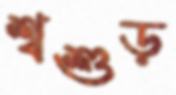
শ্বশুড়